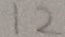
1 2